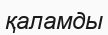
қаламды